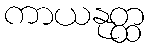
ကာယနုတ္ထ